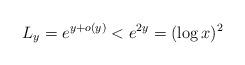
LaTeX: \begin{align*}L_y = e^{y+o(y)} < e^{2y}=(\log x)^2\end{align*}